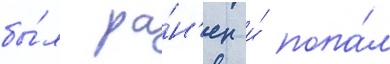
бы́л ра́н'ен и́ попа́л